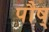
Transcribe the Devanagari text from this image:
पौष्